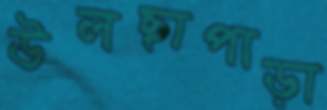
উলছাপাড়া